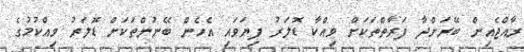
ރާއްޖެއިން ބޭރަށްދާ ފަރާތްތަކަށް ވިއްކާ ޑޮލަރު ފިޔަވައި އެހެން ބޭނުންތަކަށް ޑޮލަރު ވިއްކުމުގެ